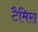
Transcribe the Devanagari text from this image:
टैमिरा